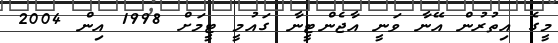
މީގެ އިތުރުން އޭނާ ވަނީ އާޖެންޓީނާ ގައުމީ ޓީމަށް 1998 އިން 2004